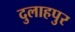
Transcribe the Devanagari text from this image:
दुलाहपुर